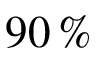
9 0 \, \%